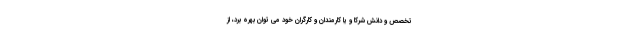
تخصص و دانش شرکا و یا کارمندان و کارگران خود می توان بهره برد، از